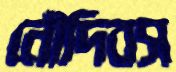
নৌদিবস